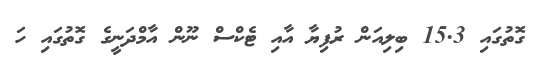
ގޮތުގައި 15.3 ބިލިއަން ރުފިޔާ އާއި ޓެކްސް ނޫން އާމްދަނީގެ ގޮތުގައި ހަ